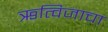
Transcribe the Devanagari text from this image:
ऋत्विजाचा